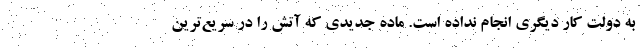
به دولت کار دیگری انجام نداده است. ماده جدیدی که آتش را در سریع‌ترین